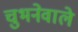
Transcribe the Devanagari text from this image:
चुभनेवाले